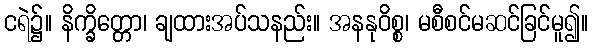
ငရဲ၌။ နိက္ခိတ္တော၊ ချထားအပ်သနည်း။ အနနုဝိစ္စ၊ မစီစင်မဆင်ခြင်မူ၍။